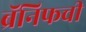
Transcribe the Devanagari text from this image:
ब्रॅनिफची